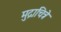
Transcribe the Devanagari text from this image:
मुद्राचित्रे